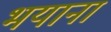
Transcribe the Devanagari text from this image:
भयाना